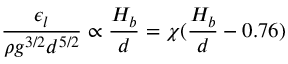
\frac { \epsilon _ { l } } { \rho g ^ { 3 / 2 } d ^ { 5 / 2 } } \propto \frac { { H _ { b } } } { d } = \chi ( \frac { H _ { b } } { d } - 0 . 7 6 )